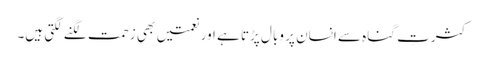
کثرتِ گناہ سے انسان پر وبال پڑتا ہے اور نعمتیں بھی زحمت لگنے لگتی ہیں۔